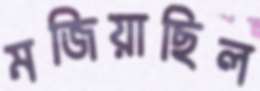
মজিয়াছিল